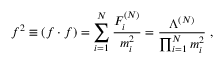
f ^ { 2 } \equiv ( f \cdot f ) = \sum _ { i = 1 } ^ { N } \frac { F _ { i } ^ { ( N ) } } { m _ { i } ^ { 2 } } = \frac { \Lambda ^ { ( N ) } } { \prod _ { i = 1 } ^ { N } m _ { i } ^ { 2 } } \; ,